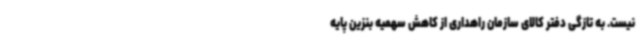
نیست. به تازگی دفتر کالای سازمان راهداری از کاهش سهمیه بنزین پایه